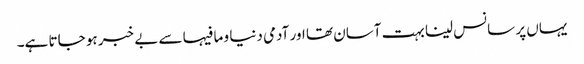
یہاں پر سانس لینا بہت آسان تھا اور آدمی دنیا و ما فیہا سے بے خبر ہو جاتا ہے۔